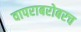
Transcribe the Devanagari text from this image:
वापराबरोबरच